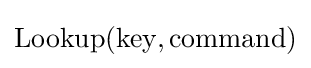
\mathrm {Lookup} (\mathrm {key} ,{\text{command}})